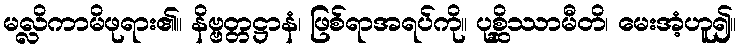
မလ္လိကာမိဖုရား၏။ နိဗ္ဗတ္တဋ္ဌာနံ၊ ဖြစ်ရာအရပ်ကို။ ပုစ္ဆိဿာမီတိ၊ မေးအံ့ဟူ၍။